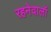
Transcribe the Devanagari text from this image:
रहनेवालॉ